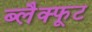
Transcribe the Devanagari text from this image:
ब्लैक्फूट